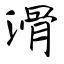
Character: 滑